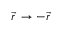
{ \vec { r } } \, \rightarrow - { \vec { r } }